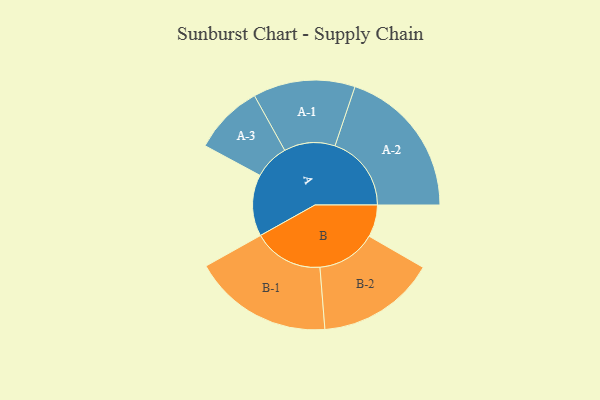
{"axis": {"x": "Segment", "y": "Value"}, "legend": ["", "A", "B"], "data": [{"x": "A", "y": 192, "type": ""}, {"x": "B", "y": 100, "type": ""}, {"x": "A-1", "y": 159, "type": "A"}, {"x": "A-2", "y": 238, "type": "A"}, {"x": "A-3", "y": 109, "type": "A"}, {"x": "B-1", "y": 218, "type": "B"}, {"x": "B-2", "y": 185, "type": "B"}]}